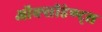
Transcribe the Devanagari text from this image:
ऑक्सीडेण्ट्स